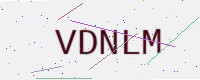
Text: VDNLM